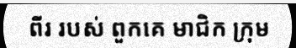
ពីរ របស់ ពួកគេ មាជិក ក្រុម